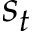
s _ { t }